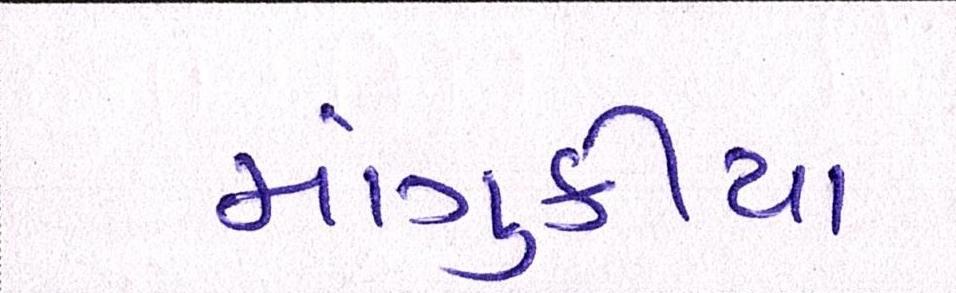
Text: માંગુકીયા